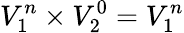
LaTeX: V_{1}^{n}\times V_{2}^{0}=V_{1}^{n}